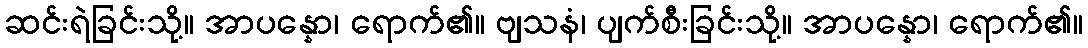
ဆင်းရဲခြင်းသို့။ အာပန္နော၊ ရောက်၏။ ဗျသနံ၊ ပျက်စီးခြင်းသို့။ အာပန္နော၊ ရောက်၏။